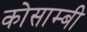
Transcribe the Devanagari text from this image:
कोसाम्बी